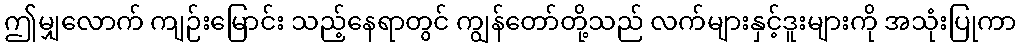
ဤမျှလောက် ကျဉ်းမြောင်း သည့်နေရာတွင် ကျွန်တော်တို့သည် လက်များနှင့်ဒူးများကို အသုံးပြုကာ